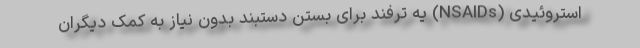
استروئیدی (NSAIDs) یه ترفند برای بستن دستبند بدون نیاز به کمک دیگران